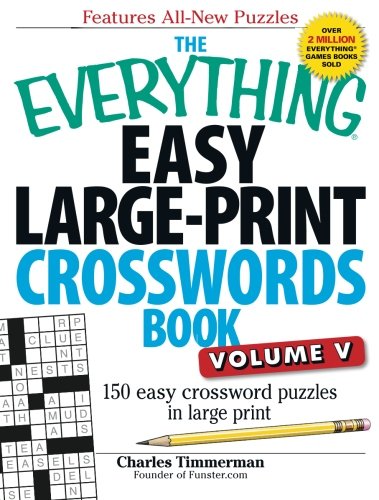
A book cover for The Everything Easy Large-Print Crosswords Book, Volume V: 150 Easy Crossword Puzzles in Large Print (Volume 5); Charles Timmerman; Humor & Entertainment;